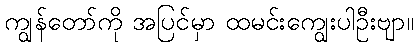
ကျွန်တော်ကို အပြင်မှာ ထမင်းကျွေးပါဦးဗျာ။